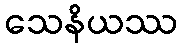
သေနိယဿ